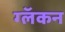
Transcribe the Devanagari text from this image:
ग्लॅकन